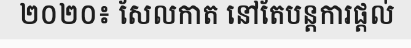
២០២០៖ សែលកាត នៅតែបន្តការផ្តល់